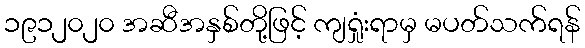
၁၉၁၂၀၂၀ အဆီအနှစ်တို့ဖြင့် ကျရှုံးရာမှ မပတ်သက်ရန်